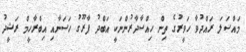
މައްސަލަ ރައްދުވާ ހަވީރުގެ ތިން ހިއްސާދާރުންނަކީ އަބްދު ފާރޫގު ހަސަނާއި އިބްރާހީމް ރަޝީދު